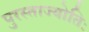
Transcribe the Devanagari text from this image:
पुरस्ताज्योतिः